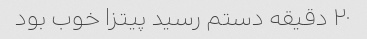
۲۰ دقیقه دستم رسید پیتزا خوب بود